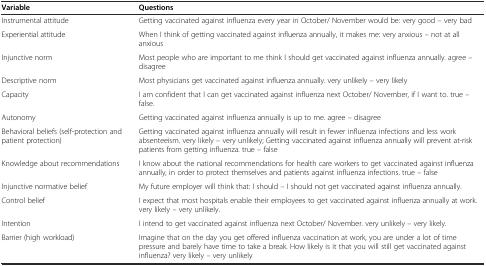
| Variable | Questions |
 | --- | --- |
 | Instrumental attitude | Getting vaccinated against influenza every year in October/ November would be: very good – very bad |
 | Experiential attitude | When I think of getting vaccinated against influenza annually, it makes me: very anxious – not at all anxious |
 | Injunctive norm | Most people who are important to me think I should get vaccinated against influenza annually. agree – disagree |
 | Descriptive norm | Most physicians get vaccinated against influenza annually. very unlikely – very likely |
 | Capacity | I am confident that I can get vaccinated against influenza next October/ November, if I want to. true – false. |
 | Autonomy | Getting vaccinated against influenza annually is up to me. agree – disagree |
 | Behavioral beliefs (self-protection and patient protection) | Getting vaccinated against influenza annually will result in fewer influenza infections and less work absenteeism. very likely – very unlikely; Getting vaccinated against influenza annually will prevent at-risk patients from getting influenza. true – false |
 | Knowledge about recommendations | I know about the national recommendations for health care workers to get vaccinated against influenza annually, in order to protect themselves and patients against influenza infections. true – false |
 | Injunctive normative belief | My future employer will think that: I should – I should not get vaccinated against influenza annually. |
 | Control belief | I expect that most hospitals enable their employees to get vaccinated against influenza annually at work. very likely – very unlikely. |
 | Intention | I intend to get vaccinated against influenza next October/ November. very unlikely – very likely. |
 | Barrier (high workload) | Imagine that on the day you get offered influenza vaccination at work, you are under a lot of time pressure and barely have time to take a break. How likely is it that you will still get vaccinated against influenza? very likely – very unlikely |